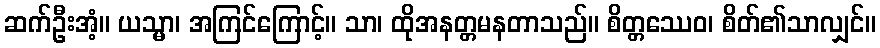
ဆက်ဦးအံ့။ ယသ္မာ၊ အကြင်ကြောင့်။ သာ၊ ထိုအနတ္တမနတာသည်။ စိတ္တဿေဝ၊ စိတ်၏သာလျှင်။